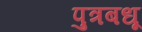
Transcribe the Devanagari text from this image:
पुत्रबधू